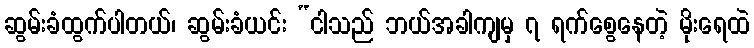
ဆွမ်းခံထွက်ပါတယ်၊ ဆွမ်းခံယင်း “ငါသည် ဘယ်အခါကျမှ ၇ ရက်စွေနေတဲ့ မိုးရေထဲ